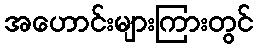
အဟောင်းများကြားတွင်